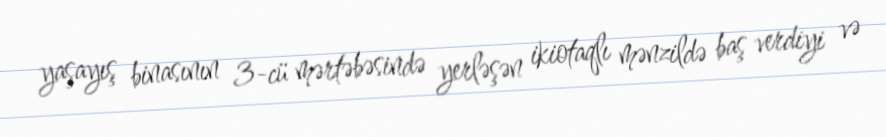
yaşayış binasının 3-cü mərtəbəsində yerləşən ikiotaqlı mənzildə baş verdiyi və